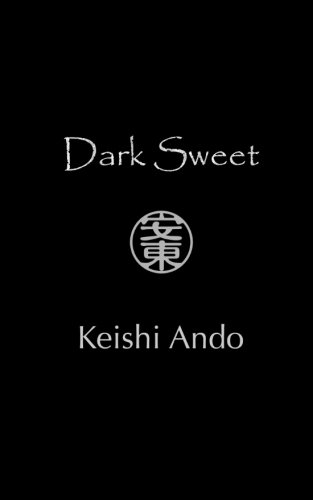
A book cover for Dark Sweet: A Collection of Poetry; Keishi Ando; Literature & Fiction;